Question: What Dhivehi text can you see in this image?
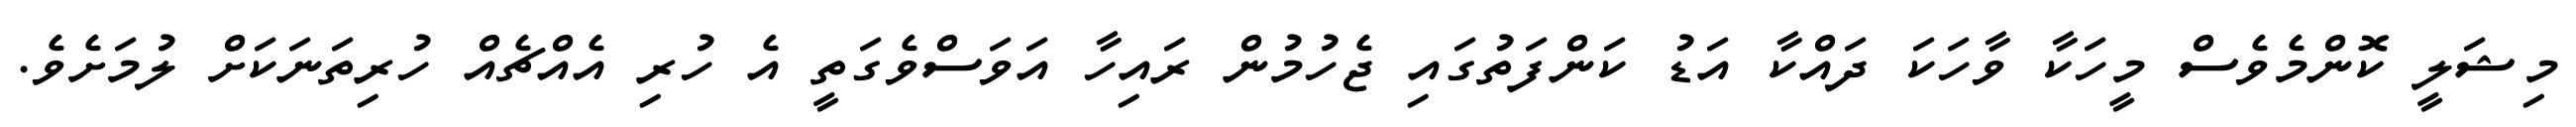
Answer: މިޝަލީ ކޮންމެވެސް މީހަކާ ވާހަކަ ދައްކާ އަޑު ކަންފަތުގައި ޖެހުމުން ރައިހާ އަވަސްވެގަތީ އެ ހުރި އެއްޗެއް ހުރިތަނަކަށް ލުމަށެވެ.